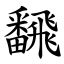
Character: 飜